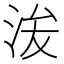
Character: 𱦘